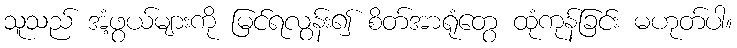
သူသည် အံ့ဖွယ်များကို မြင်ရလွန်း၍ စိတ်အာရုံတွေ ထုံကုန်ခြင်း မဟုတ်ပါ။